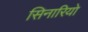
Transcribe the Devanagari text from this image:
सिनारियो